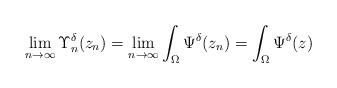
LaTeX: \begin{align*} \lim_{n\rightarrow\infty}\Upsilon_{n}^{\delta}(z_{n}) =\lim_{n\rightarrow\infty}\int_{\Omega}\Psi^{\delta}(z_{n})=\int_{\Omega}\Psi^{\delta}(z)\end{align*}